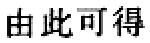
由此可得